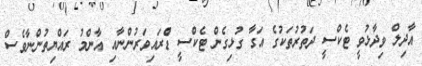
އާދިލް ވިދާޅުވީ ޓެކްސީ ދަތުރުތަކުގެ އަގާ ގުޅިގެން ޓެކްސީ ޑްެރައިވަރުންނާއި އާންމު ރައްޔިތުންނާވެސް